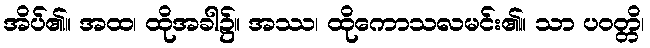
အိပ်၏။ အထ၊ ထိုအခါ၌။ အဿ၊ ထိုကောသလမင်း၏။ သာ ပဝတ္တိ၊